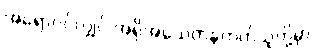
အရောဝင်လျှင် အရိုအသေတန်တတ်သူတို့မှာ